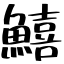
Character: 鱚